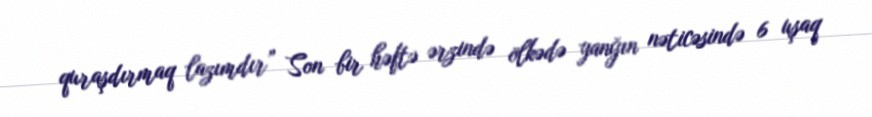
quraşdırmaq lazımdır” Son bir həftə ərzində ölkədə yanğın nəticəsində 6 uşaq